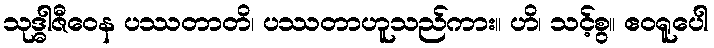
သုဒ္ဓါဇီဝေန ပဿတာတိ၊ ပဿတာဟူသည်ကား။ ဟိ၊ သင့်စွ။ ဧဝရူပေါ